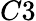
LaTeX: C3